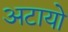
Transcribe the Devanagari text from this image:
अटायो